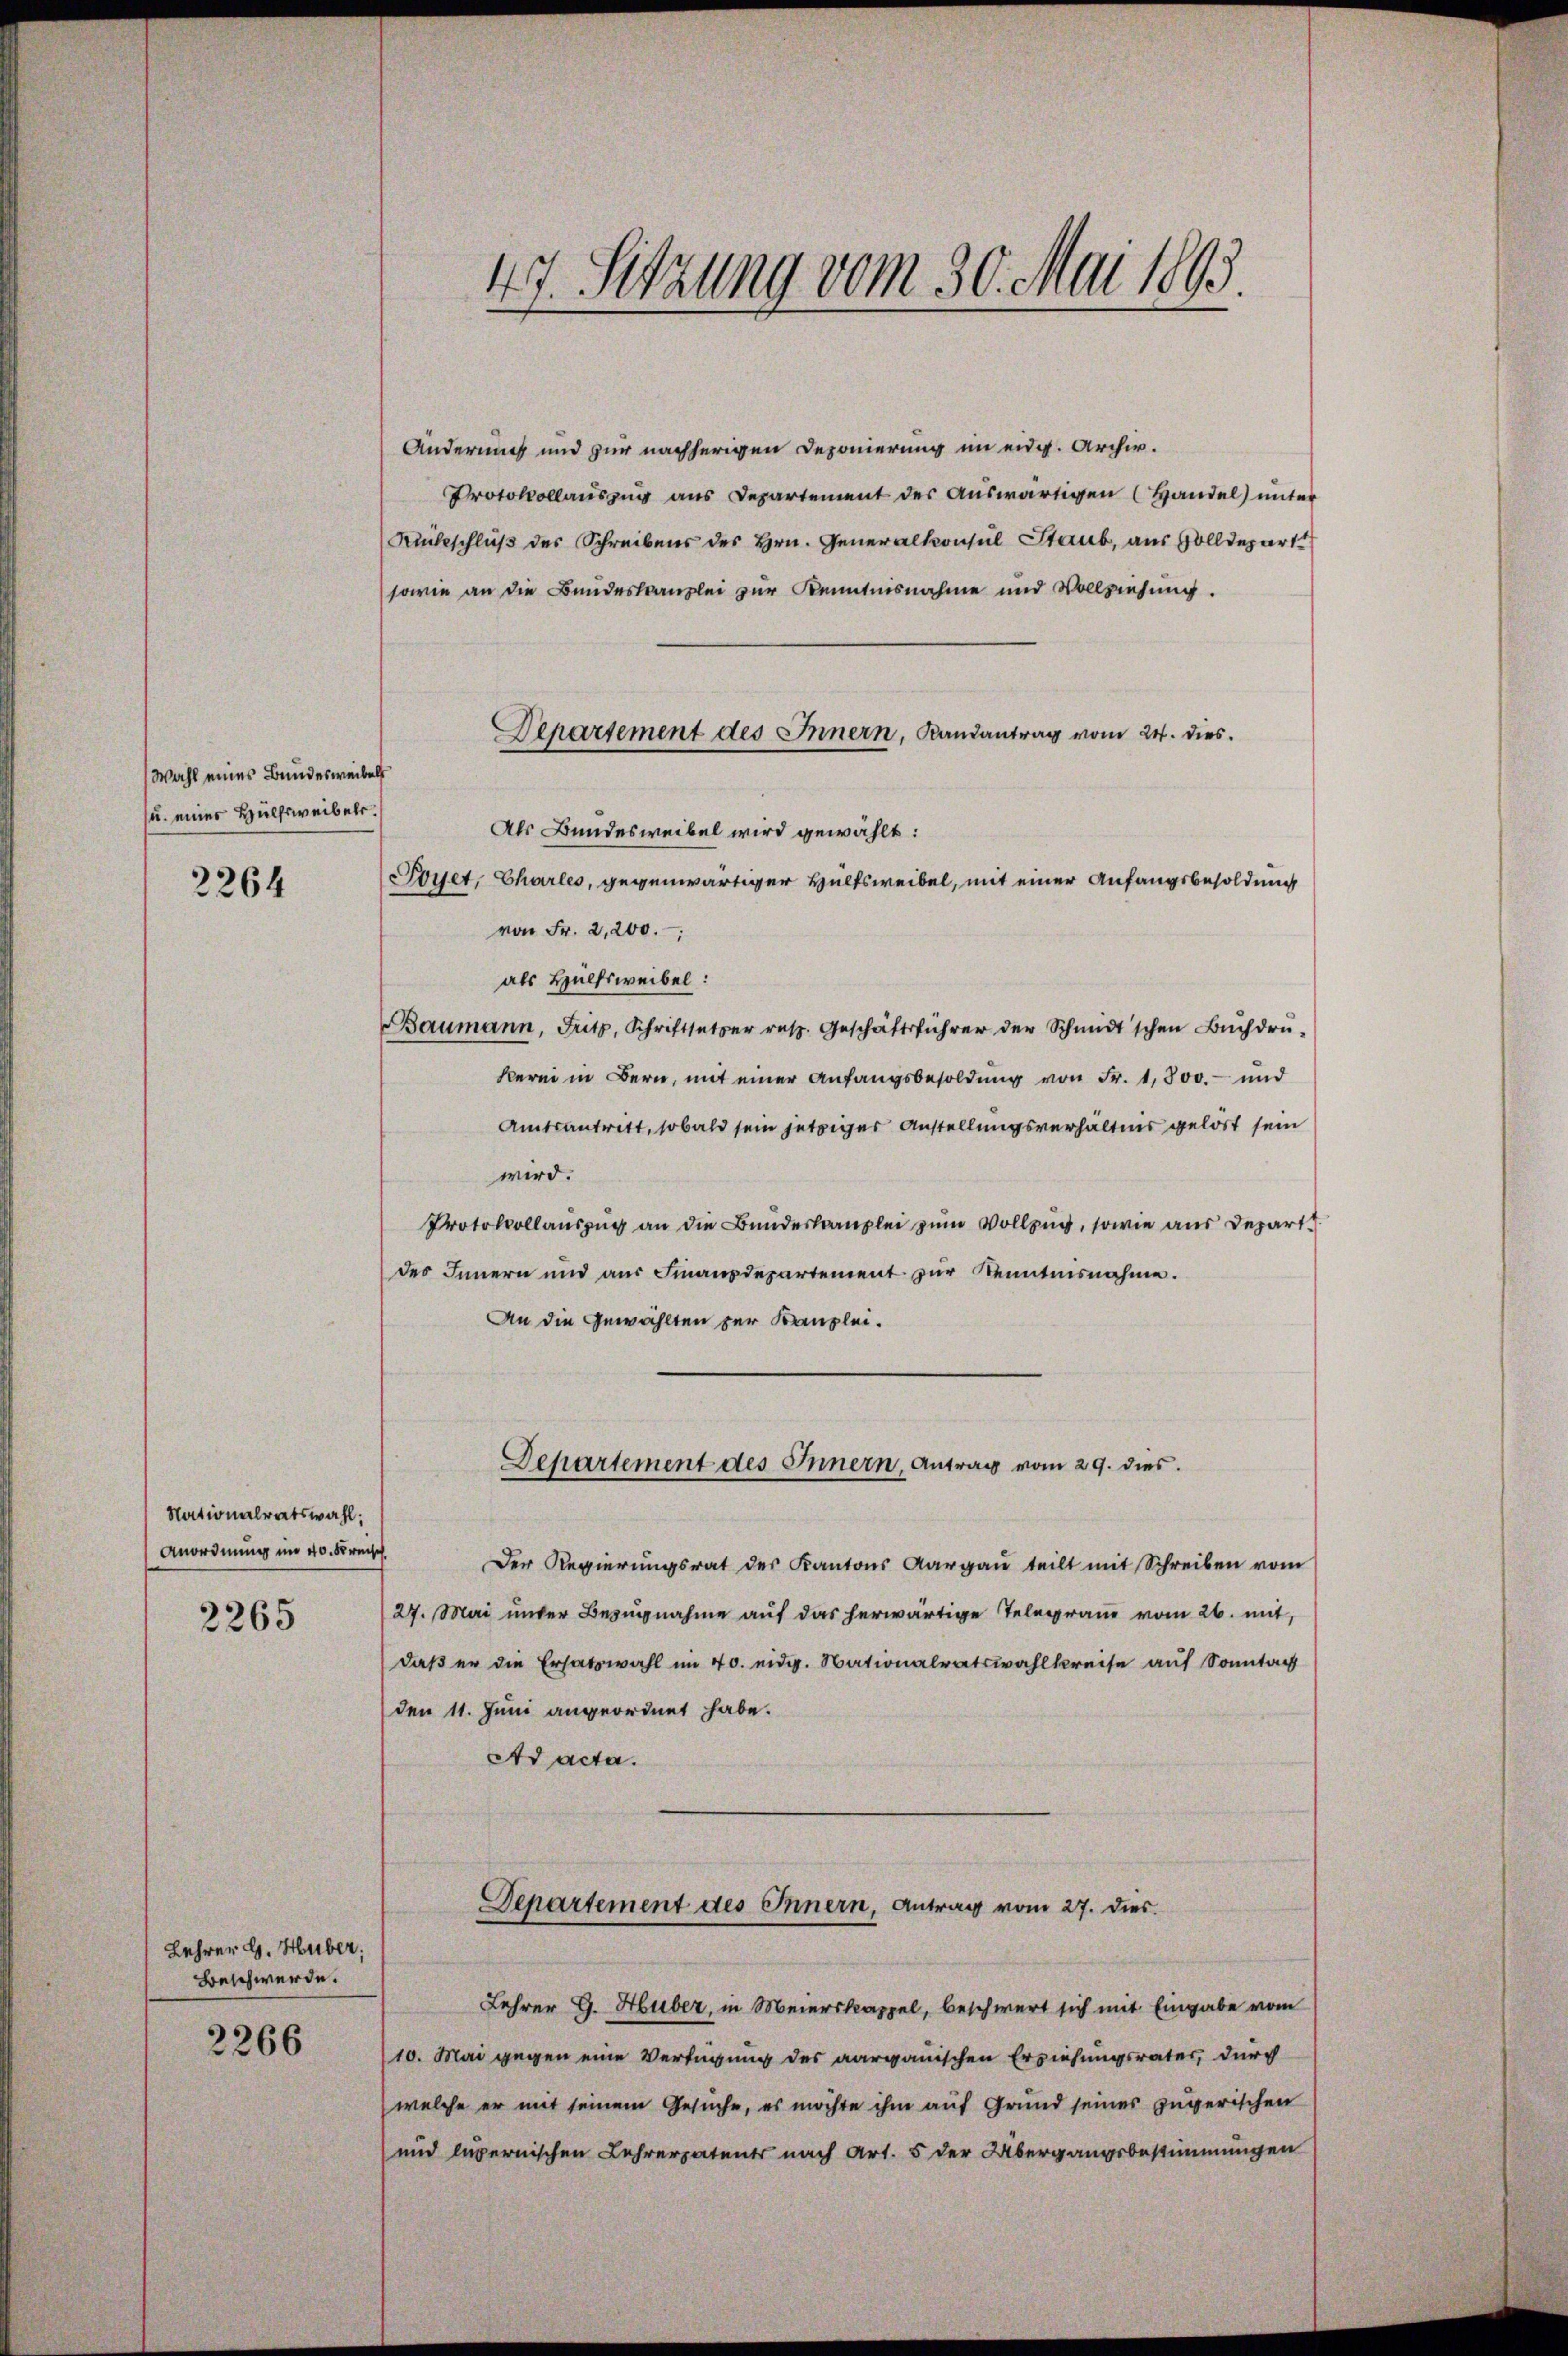
Wahl eines Bundesweibels
u. einer Hülfsweibel.

2264

Nationalratswahl;
Anordnung im 40. Kreisch

2265

Lehrer G. Huber,
Beschwerde.

2266

47. Sitzung vom 30. Mai 1893.

Änderung und zur nachherigen Deponierung im eidg. Archiv.
Protokollauszug aus Departement der Auswärtigen (Handel unter
Rückschluß des Schreibens des Hrn. Generalkonsul Staub, aus Zolldepart
sowie an die Bundeskanzlei zur Kenntnisnahme und Vollziehung.
Als Bundesweibel wird gewählt:
oyet, Charles, gegenwärtiger Hülfsweibel, mit einer Anfangsbesoldung
von Fr. 2,200.
als Hülfsweibel:
Baumann, Fritz, Schriftsetzer resp. Geschäftsführer der Schmidt'schen Bŭchdrŭ-
kerei in Bern, mit einer Anfangsbesoldung von Fr. 1,800.- und
Amtsantritt, sobald sein jetziger Anstellungsverhältnis gelöst sein
wird.
Protokollauszug an die Bundeskanzlei zum Vollzug, sowie aus Depart
des Innern und aus Finanzdepartement zur Kenntnisnahme.
An die Gewählten zur Kanzlei.
Departement des Innern, Antrag vom 29. dies
Der Regierungsrat des Kantons Aargau teilt mit Schreiben vom
27. Mai unter Bezugnahme auf das herwärtige Telegrau vom 26. mit,
daß er die Ersatzwahl im 40. eidg. Nationalratswahlkreise auf Sonntag
den 11. Juni angeordnet habe.
Ad acta.

Departement des Innern, Landantrag vom 24. dies

Departement des Innern, Antrag vom 27. dies

Lehrer G. Huber, in Meierskappel, beschwert sich mit Eingabe vom
10. Mai gegen eine Verfügung des aargauischen Erziehungsrates, durch
welche er mit seinem Gesuche, es möchte ihm auf Grund seines zugerischen
und legernischen Lehrerpatents nach Art. 5 der Übergangsbestimmungen